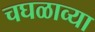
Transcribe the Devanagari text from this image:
चघळाव्या